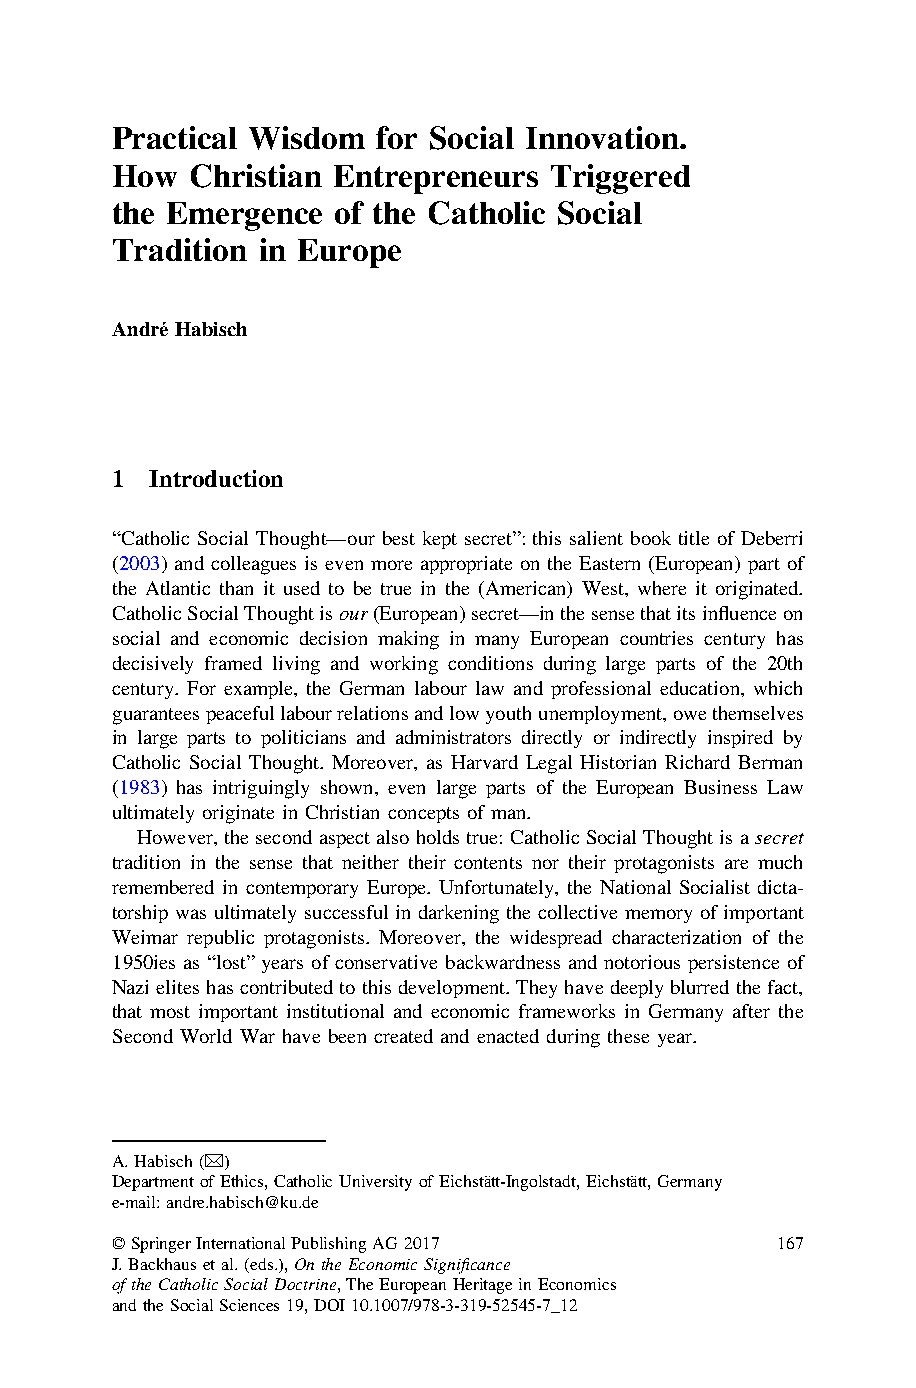
Practical Wisdom  for Social Innovation.
 How   Christian Entrepreneurs Triggered
 the Emergence  of the Catholic Social
 Tradition in Europe
 André Habisch
 1  Introduction
 “Catholic Social Thought—our best kept secret”: this salient book title of Deberri
 (2003) and colleagues is even more appropriate on the Eastern (European) part of
 the Atlantic than it used to be true in the (American) West, where it originated.
 CatholicSocialThoughtisour(European)secret—inthesensethatitsinfluenceon
 social and economic decision making in many European countries century has
 decisively framed living and working conditions during large parts of the 20th
 century. For example, the German labour law and professional education, which
 guaranteespeacefullabourrelationsandlowyouthunemployment,owethemselves
 in large parts to politicians and administrators directly or indirectly inspired by
 Catholic Social Thought. Moreover, as Harvard Legal Historian Richard Berman
 (1983) has intriguingly shown, even large parts of the European Business Law
 ultimately originate in Christian concepts of man.
 However,thesecondaspectalsoholdstrue:CatholicSocialThoughtisasecret
 tradition in the sense that neither their contents nor their protagonists are much
 remembered in contemporary Europe. Unfortunately, the National Socialist dicta-
 torship was ultimately successful in darkening the collective memory of important
 Weimar republic protagonists. Moreover, the widespread characterization of the
 1950ies as “lost” years of conservative backwardness and notorious persistence of
 Nazielites hascontributedtothisdevelopment.Theyhavedeeplyblurredthefact,
 that most important institutional and economic frameworks in Germany after the
 Second World War have been created and enacted during these year.
 A.Habisch(&)
 DepartmentofEthics,CatholicUniversityofEichstätt-Ingolstadt,Eichstätt,Germany
 e-mail:andre.habisch@ku.de
 ©SpringerInternationalPublishingAG2017      167
 J.Backhausetal.(eds.),OntheEconomicSignificance
 oftheCatholicSocialDoctrine,TheEuropeanHeritageinEconomics
 andtheSocialSciences19,DOI10.1007/978-3-319-52545-7_12